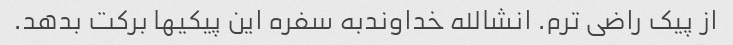
از پیک راضی ترم. انشالله خداوندبه سفره این پیکیها برکت بدهد.